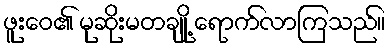
ဖူးဝေ၏ မုဆိုးမတချို့ ရောက်လာကြသည်။